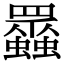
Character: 𧕠